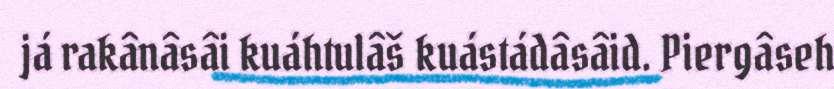
já rakânâsâi kuáhtulâš kuástádâsâid. Piergâseh